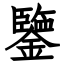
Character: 鑒